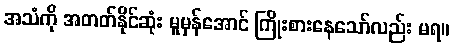
အသံကို အတတ်နိုင်ဆုံး မူမှန်အောင် ကြိုးစားနေသော်လည်း မရ။